Assam Mental Hospital (Tezpur, India) - 1933-1948
Year: 1933
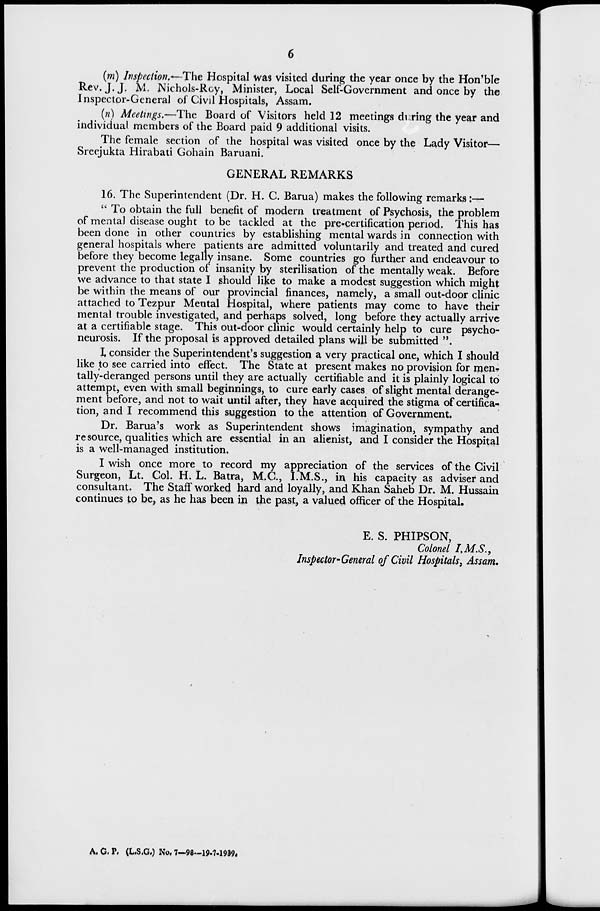
6
(m) Inspection.—The Hospital was visited during the year once by the Hon'ble
Rev. J.J. M. Nichols-Roy, Minister, Local Self-Government and once by the
Inspector-General of Civil Hospitals, Assam.
(n) Meetings.—The Board of Visitors held 12 meetings during the year and
individual members of the Board paid 9 additional visits.
The female section of the hospital was visited once by the Lady Visitor—
Sreejukta Hirabati Gohain Baruani.
GENERAL REMARKS
16. The Superintendent (Dr. H. C. Barua) makes the following remarks:—
" To obtain the full benefit of modern treatment of Psychosis, the problem
of mental disease ought to be tackled at the pre-certification period. This has
been done in other countries by establishing mental wards in connection with
general hospitals where patients are admitted voluntarily and treated and cured
before they become legally insane. Some countries go further and endeavour to
prevent the production of insanity by sterilisation of the mentally weak. Before
we advance to that state I should like to make a modest suggestion which might
be within the means of our provincial finances, namely, a small out-door clinic
attached to Tezpur Mental Hospital, where patients may come to have their
mental trouble investigated, and perhaps solved, long before they actually arrive
at a certifiable stage. This out-door clinic would certainly help to cure psycho-
neurosis. If the proposal is approved detailed plans will be submitted ".
I consider the Superintendent's suggestion a very practical one, which I should
like to see carried into effect. The State at present makes no provision for men-
tally-deranged persons until they are actually certifiable and it is plainly logical to
attempt, even with small beginnings, to cure early cases of slight mental derange-
ment before, and not to wait until after, they have acquired the stigma of certifica-
tion, and I recommend this suggestion to the attention of Government.
Dr. Barua's work as Superintendent shows imagination, sympathy and
resource, qualities which are essential in an alienist, and I consider the Hospital
is a well-managed institution.
I wish once more to record my appreciation of the services of the Civil
Surgeon, Lt. Col. H. L. Batra, M.C., I.M.S., in his capacity as adviser and
consultant. The Staff worked hard and loyally, and Khan Saheb Dr. M. Hussain
continues to be, as he has been in the past, a valued officer of the Hospital.
E. S. PHIPSON,
Colonel I.M.S.,
Inspector-General of Civil Hospitals, Assam.
A. G. P. (L.S.G.) No. 7—98—19-7-1939.